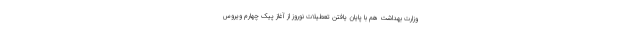
وزارت بهداشت هم با پایان یافتن تعطیلات نوروز از آغاز پیک چهارم ویروس